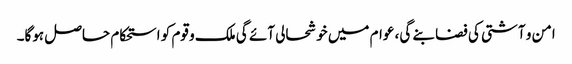
امن و آشتی کی فضا بنے گی، عوام میں خوشحالی آئے گی ملک و قوم کو استحکام حاصل ہوگا۔